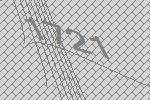
1721